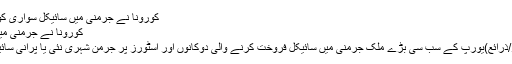
کورونا نے جرمنی میں سائیکل سواری کو مقبول کر دیا | FikroKhabar
کورونا نے جرمنی میں سائیکل سواری کو مقبول کر دیا
جرمنی:19 مئی 2020(فکروخبر/ذرائع)یورپ کے سب سی بڑے ملک جرمنی میں سائیکل فروخت کرنے والی دوکانوں اور اسٹورز پر جرمن شہری نئی یا پرانی سائیکلیں خریدنے کی کوشش میں ہیں۔